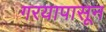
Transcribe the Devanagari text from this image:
गरयापासून